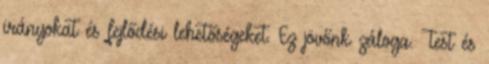
irányokat és fejlődési lehetőségeket. Ez jövőnk záloga. Test és